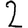
Digit: 2